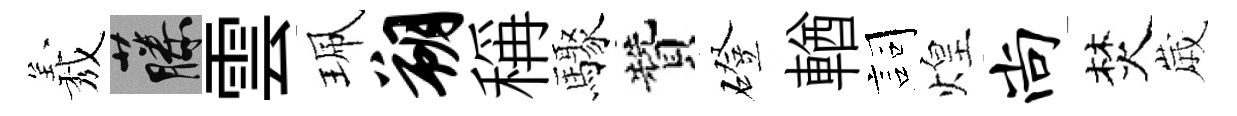
𦏁藤雲珮朔稱驟贊磴輶詞煌尚焚𡻕